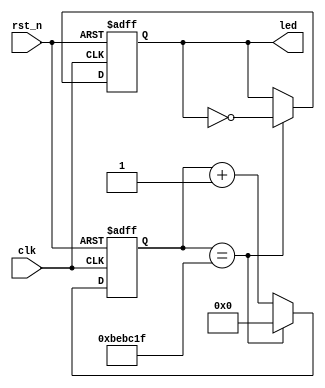
module CNT #(parameter cnt_val = 25'd12_499_999)//25'd24_999_999
(
    input wire clk, 
    input wire rst_n,   //  
    output reg led               
);

    reg [24:0] cnt;
    
    always @(posedge clk, negedge rst_n) begin
        if(!rst_n) 
            cnt <= 25'd0;
        else begin
            if(cnt == cnt_val)
                cnt <= 25'd0;
            else
                cnt <= cnt + 25'd1;
        end
    end

    always @(posedge clk, negedge rst_n) begin
        if(!rst_n) 
            led <= 1'b1;
        else begin
            if(cnt == cnt_val)
                led <= ~led;
            else
                led <= led;          //if
        end
    end
    
endmodule